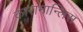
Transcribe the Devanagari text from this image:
कारामान्लिस